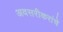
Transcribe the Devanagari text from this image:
अवसरीकरांचे